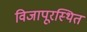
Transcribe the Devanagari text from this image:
विजापूरस्थित